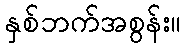
နှစ်ဘက်အစွန်း။